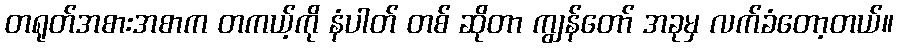
တရုတ်အစားအစာက တကယ့်ကို နံပါတ် တစ် ဆိုတာ ကျွန်တော် အခုမှ လက်ခံတော့တယ်။